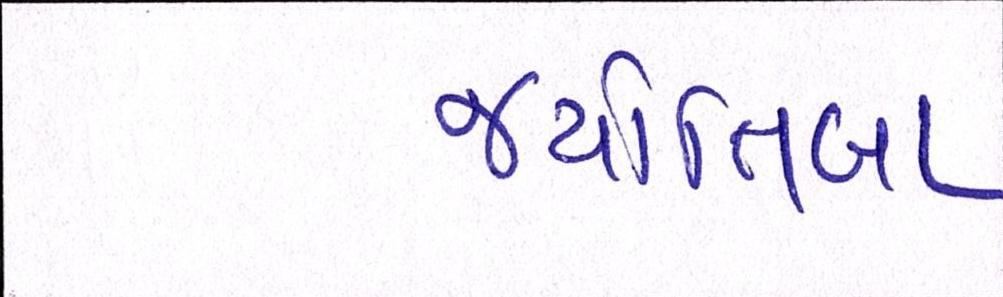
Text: જ્યોતિબા